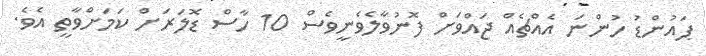
ޕައުންޑު ހުންނަ އެއްޗެއް ޖައްވަށް ފޮނުވާލެވެނީވެސް 10 ހާސް ޑޮލަރަށް ކަމަށްވާތީ އެވެ.